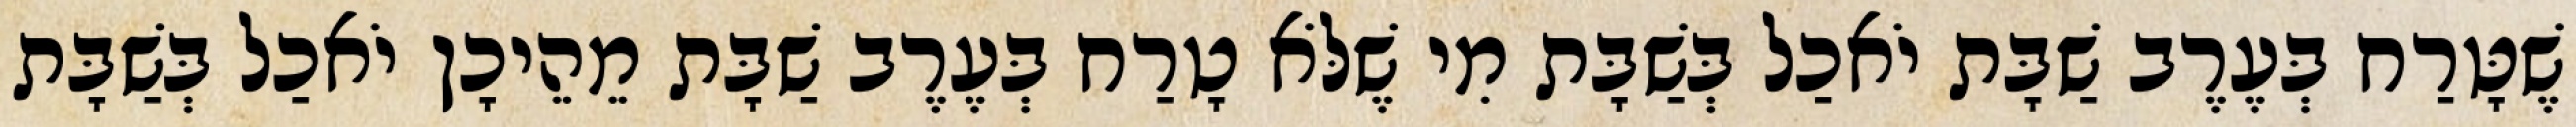
שֶׁטָּרַח בְּעֶרֶב שַׁבָּת יֹאכַל בְּשַׁבָּת מִי שֶׁלֹּא טָרַח בְּעֶרֶב שַׁבָּת מֵהֵיכָן יֹאכַל בְּשַׁבָּת